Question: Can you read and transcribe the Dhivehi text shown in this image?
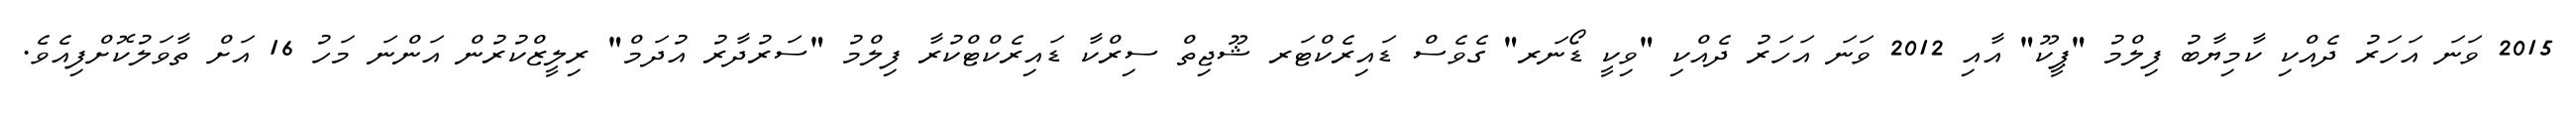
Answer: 2015 ވަނަ އަހަރު ދެއްކި ކާމިޔާބު ފިލްމު "ޕީކޫ" އާއި 2012 ވަނަ އަހަރު ދެއްކި "ވިކީ ޑޯނަރ" ގެވެސް ޑައިރެކްޓަރ ޝޫޖިތް ސިރްކާ ޑައިރެކްޓްކުރާ ފިލްމު "ސަރުދާރު އުދަމް" ރިލީޒްކުރުން އަންނަ މަހު 16 އަށް ތާވަލުކޮށްފިއެވެ.